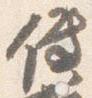
伝